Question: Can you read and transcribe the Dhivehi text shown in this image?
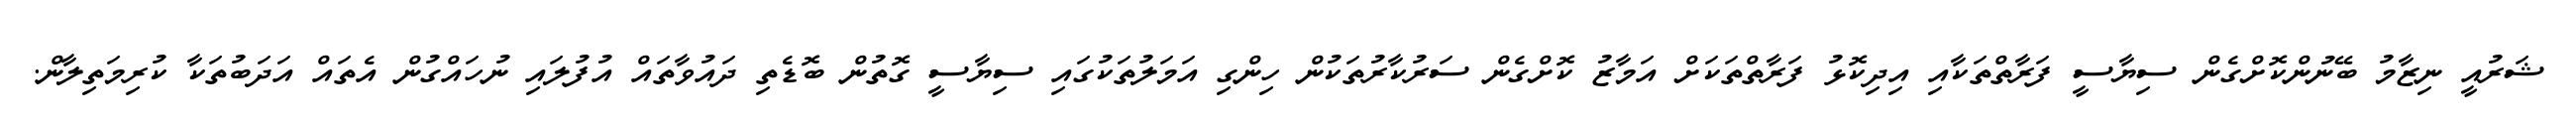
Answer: ޝަރުއީ ނިޒާމު ބޭނުންކޮށްގެން ސިޔާސީ ފަރާތްތަކާއި އިދިކޮޅު ފަރާތްތަކަށް އަމާޒު ކޮށްގެން ސަރުކާރުތަކުން ހިންގި އަމަލުތަކުގައި ސިޔާސީ ގޮތުން ބޮޑެތި ދައުވާތައް އުފުލައި ނުހައްގުން އެތައް އަދަބުތަކާ ކުރިމަތިލާން.